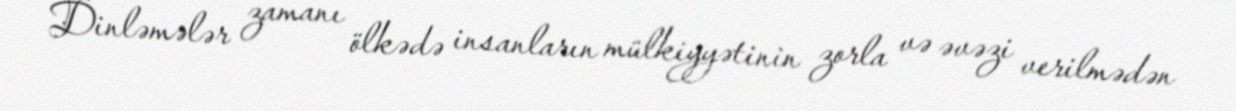
Dinləmələr zamanı ölkədə insanların mülkiyyətinin zorla və əvəzi verilmədən